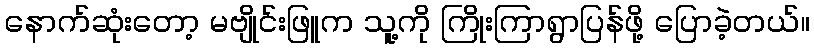
နောက်ဆုံးတော့ မဗျိုင်းဖြူက သူ့ကို ကြိုးကြာရွာပြန်ဖို့ ပြောခဲ့တယ်။